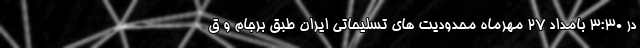
در ۳:۳۰ بامداد ۲۷ مهرماه محدودیت های تسلیحاتی ایران طبق برجام و ق